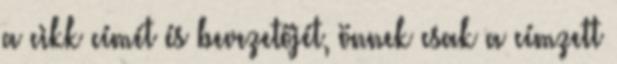
a cikk címét és bevezetőjét, önnek csak a címzett